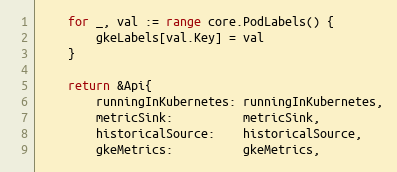
Language: Go
	for _, val := range core.PodLabels() {
		gkeLabels[val.Key] = val
	}

	return &Api{
		runningInKubernetes: runningInKubernetes,
		metricSink:          metricSink,
		historicalSource:    historicalSource,
		gkeMetrics:          gkeMetrics,